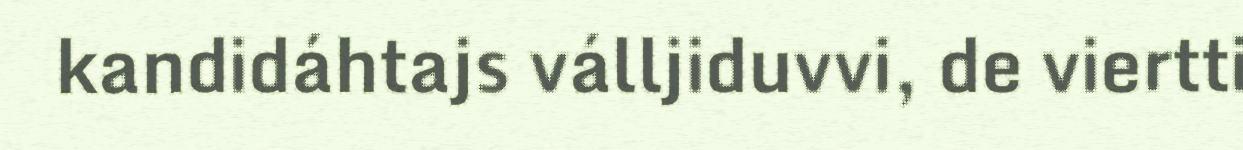
kandidáhtajs válljiduvvi, de viertti